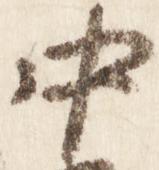
中